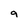
Character: 9